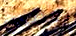
يعطني